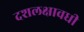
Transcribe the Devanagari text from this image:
दशलक्षावधी